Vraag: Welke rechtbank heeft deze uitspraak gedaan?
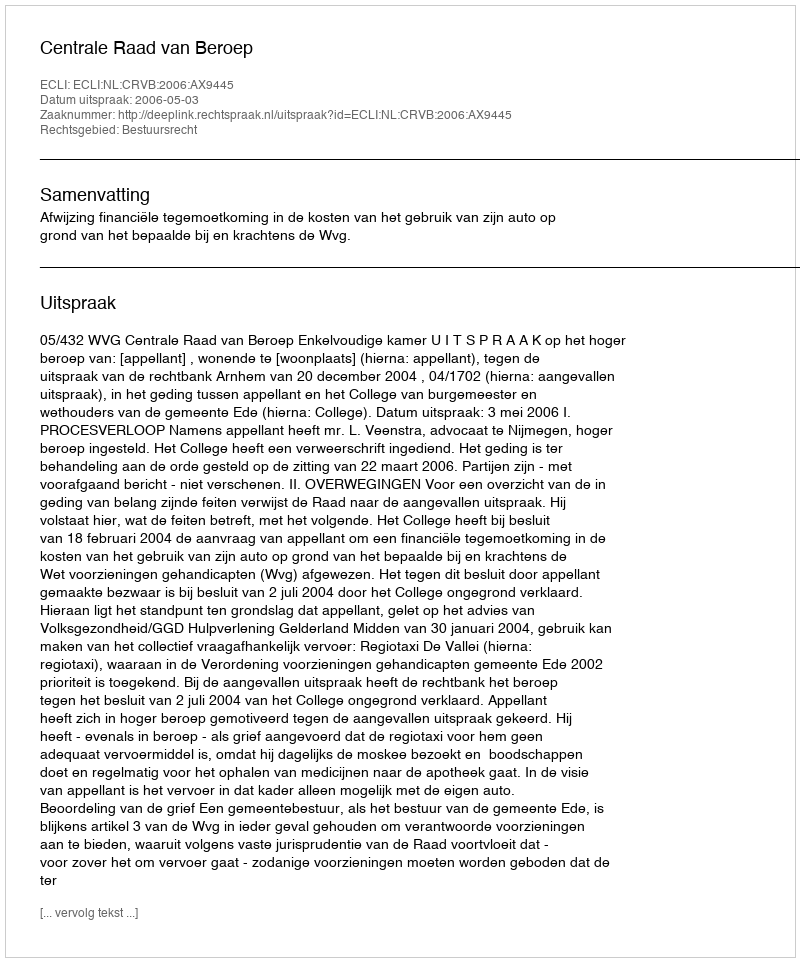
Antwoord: Centrale Raad van Beroep